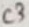
Text: C3